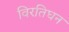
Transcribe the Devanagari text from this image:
विरतिघन